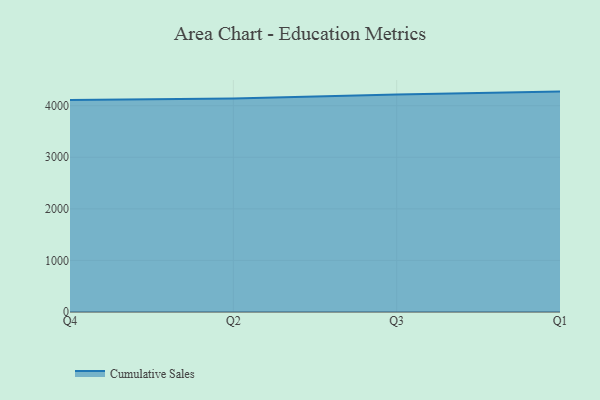
{"axis": {"x": "Quarter", "y": "Satisfaction Score"}, "legend": ["Cumulative Sales"], "data": [{"x": "Q4", "y": 4109.3, "type": "Cumulative Sales"}, {"x": "Q2", "y": 4140.0, "type": "Cumulative Sales"}, {"x": "Q3", "y": 4219.2, "type": "Cumulative Sales"}, {"x": "Q1", "y": 4273.6, "type": "Cumulative Sales"}]}